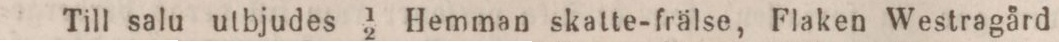
Till salu utbjudes 1/2 Hemman skatte-frälse, Flaken Westragård